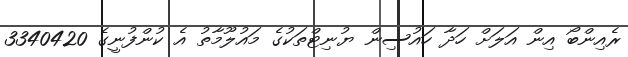
ރެއިންބޯ އިން އަލަށް ހަދާ ހައުސިން ޔުނިޓްތަކުގެ މައުލޫމާތު އެ ކުންފުނީގެ 3340420